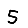
Digit: 5